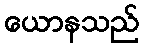
ယောနသည်